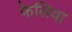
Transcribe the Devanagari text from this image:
फेलिया